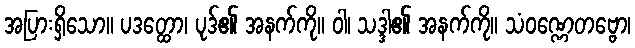
အပြားရှိသော။ ပဒတ္ထော၊ ပုဒ်၏ အနက်ကို။ ဝါ၊ သဒ္ဒါ၏ အနက်ကို။ သံဝဏ္ဏေတဗ္ဗော၊